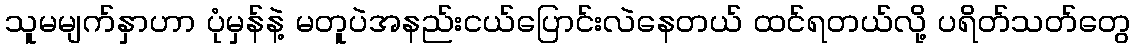
သူမမျက်နှာဟာ ပုံမှန်နဲ့ မတူပဲအနည်းငယ်ပြောင်းလဲနေတယ် ထင်ရတယ်လို့ ပရိတ်သတ်တွေ